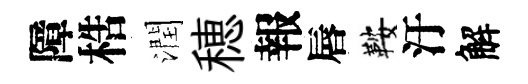
障梏潤穂報唇鞍汙解